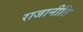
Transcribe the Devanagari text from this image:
राजानीति